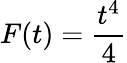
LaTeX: F(t)={\frac{t^{4}}{4}}